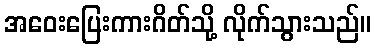
အဝေးပြေးကားဂိတ်သို့ လိုက်သွားသည်။